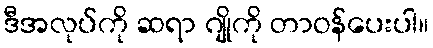
ဒီအလုပ်ကို ဆရာ ဂျိုကို တာဝန်ပေးပါ။